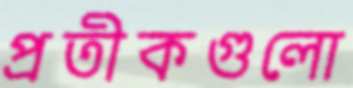
প্রতীকগুলো